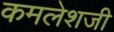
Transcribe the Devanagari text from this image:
कमलेशजी